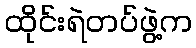
ထိုင်းရဲတပ်ဖွဲ့က